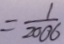
= \frac { 1 } { 2 0 0 6 }